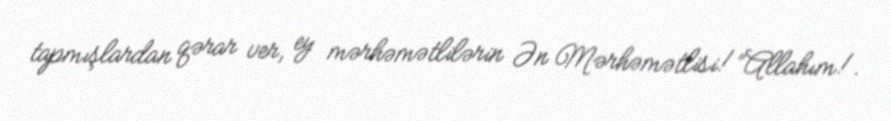
tapmışlardan qərar ver, ey mərhəmətlilərin Ən Mərhəmətlisi!”Allahım!.